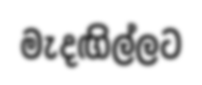
මැදඟිල්ලට